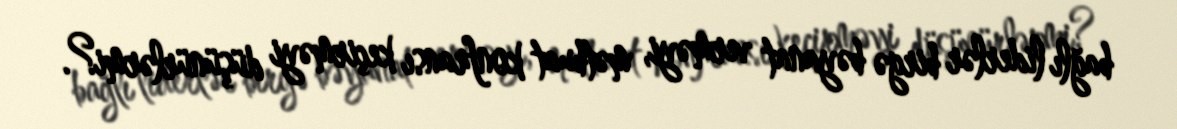
bağlı liderlər birgə bəyanat verməyi, mətbuat konfransı keçirməyi düşünürlərmi?.